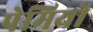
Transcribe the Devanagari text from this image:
पेमियों